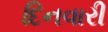
દિનવારી